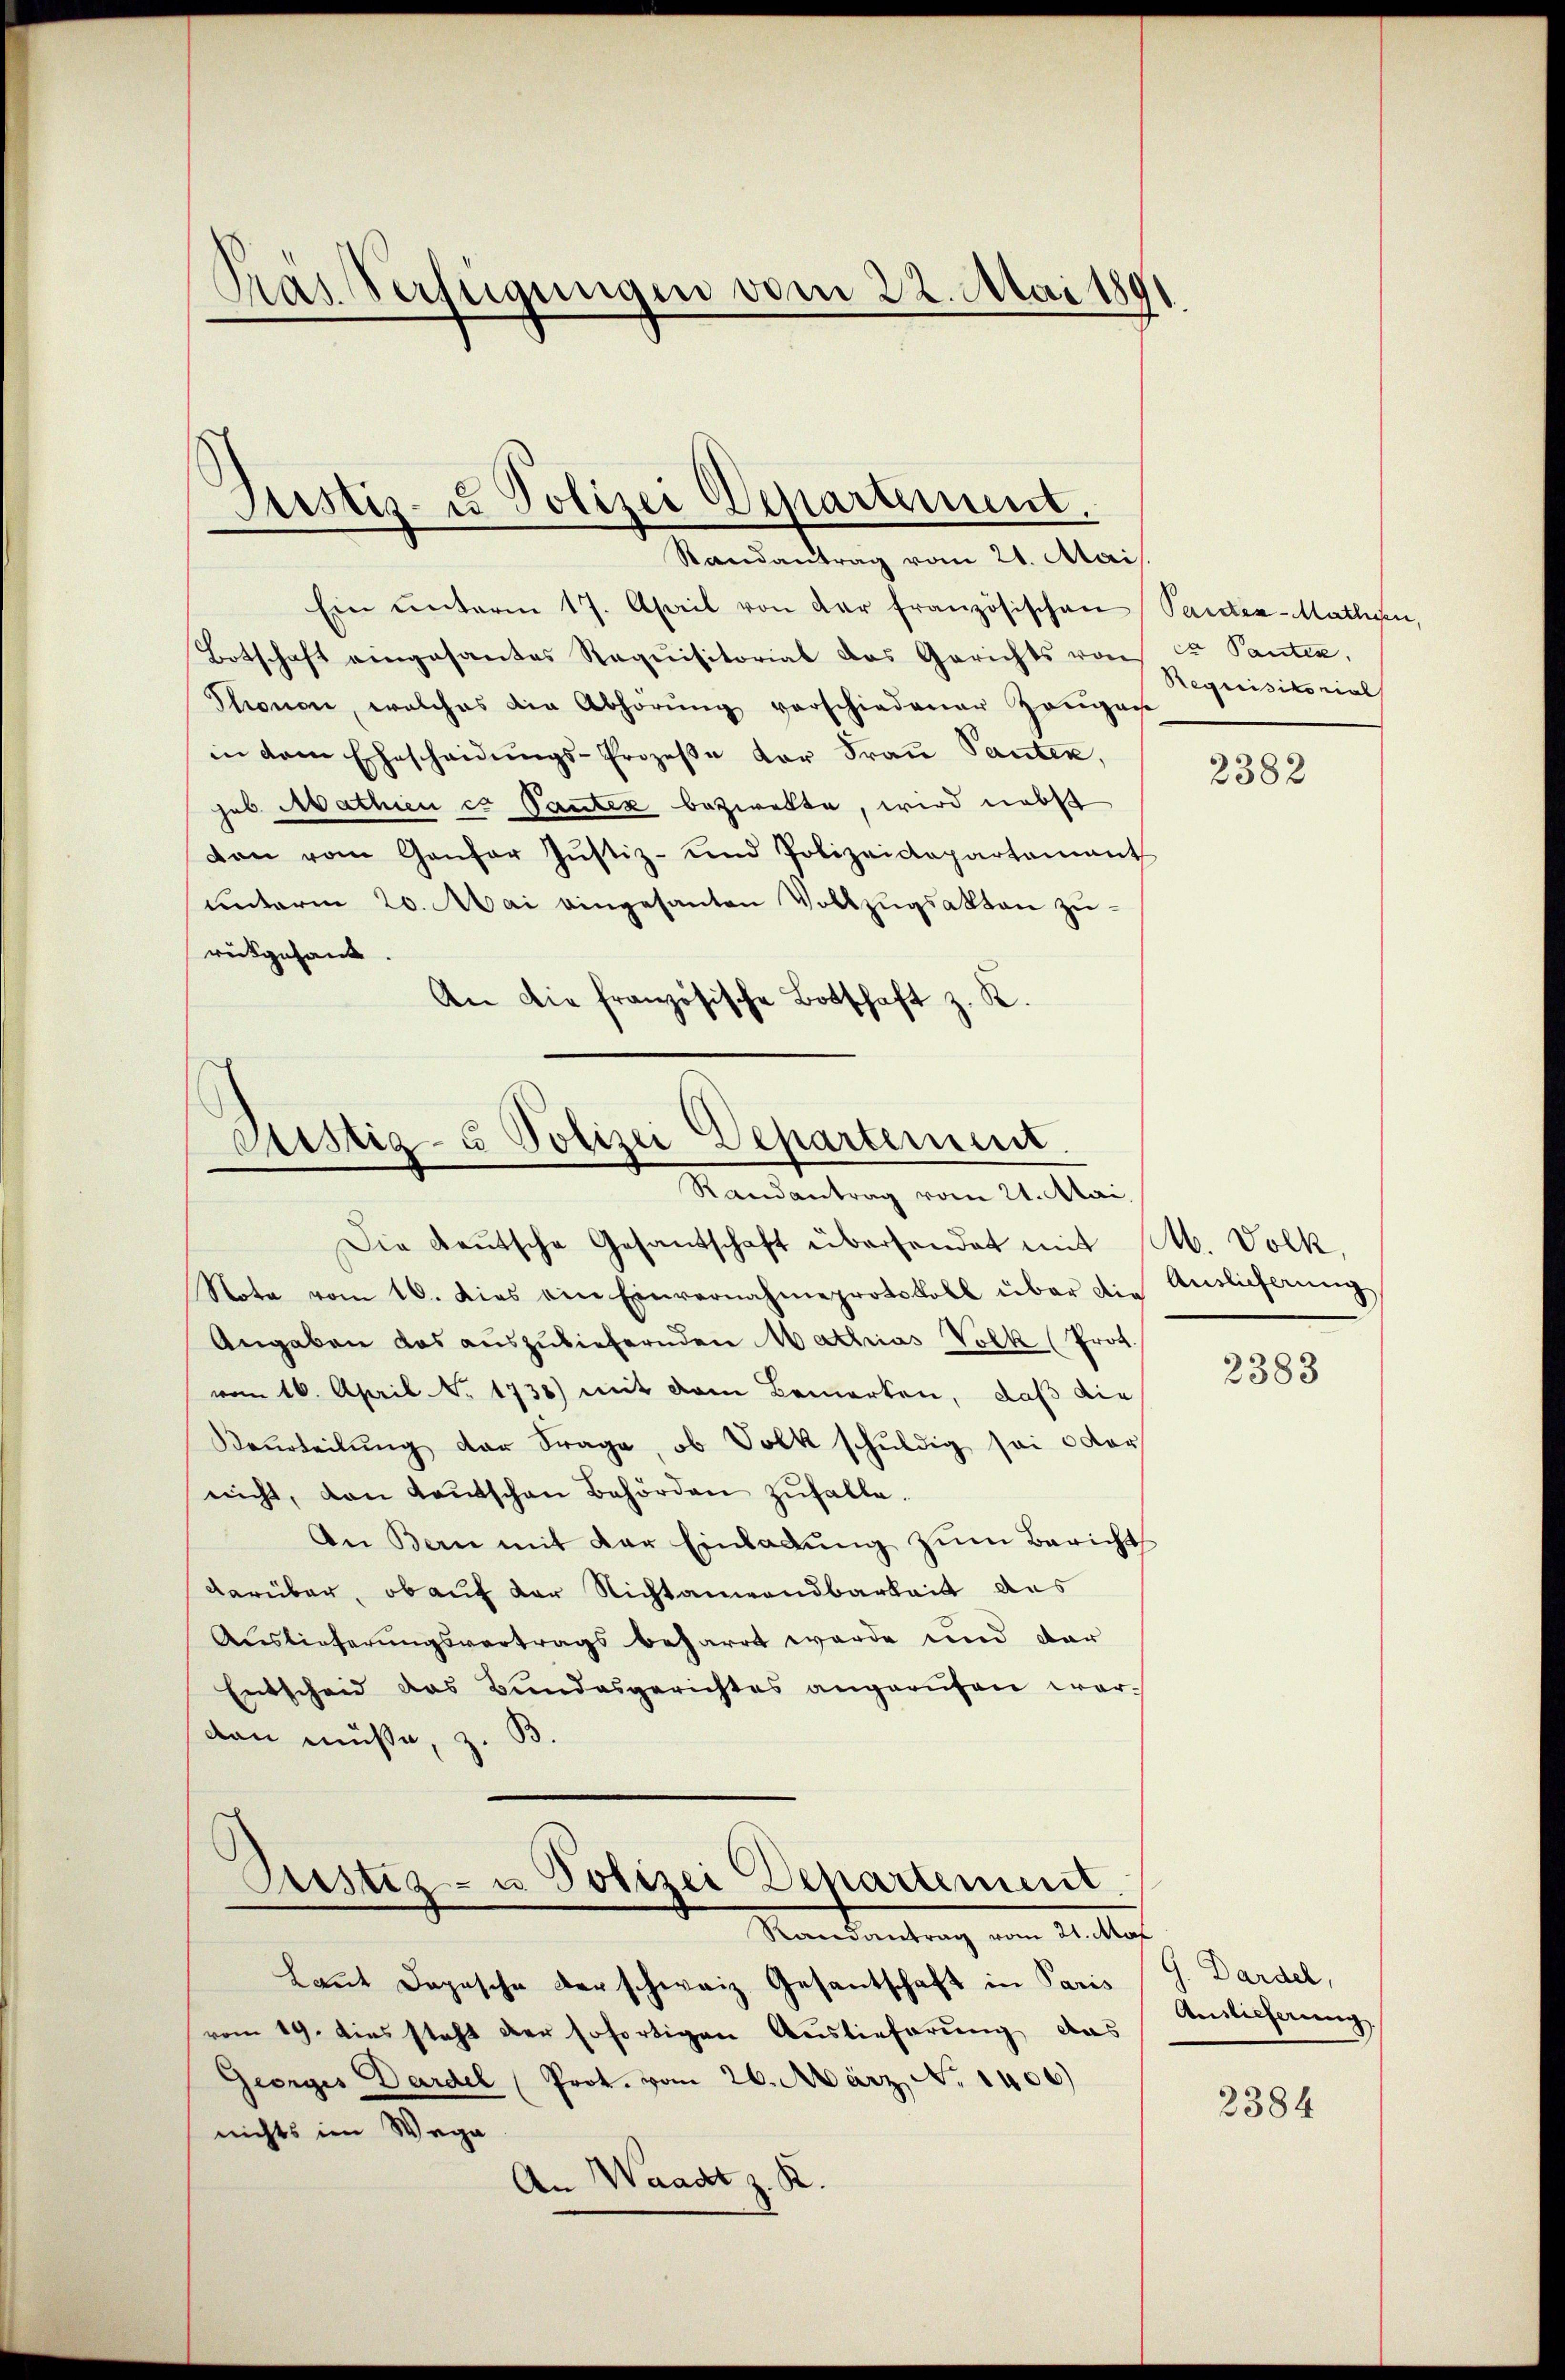
Pras Verfügungen vom 22. Mai 1891.

Justiz- u Polizei Departement.
Randantrag vom 21. Mai

Ein unterm 17. April von der französischen Tanten-Mathien,
Totschaft eingesantes Requisitorial das Gerichts von Fr Panten,
Thronon, welches die Abhörŭng verschiedener Zangan
in dem Ehescheidŭngs-Prozeβe der Frau Panten,
jub. Mathien es Pantez bezweite, wird nebst
don vom Gonfor Justiz- und Polizeidepartement
unterm 20. Mai eingesanten Vollzugsakten zu
rückgesand
An die französische Botschaft z. K.

Pustiz- & Polizei Departement.
Randantrag vom 21. Mai,

Die Kautsche Gesantschaft überhandet mit M. Volk,
Note vom 10. dies ein Einvernahmeprotokoll über die Auslieferŭng
Angaben das auszuliefernden Mathias Volk (Prot.
vom 16. April. No. 1738) mit dem Bemerken, daß die
Beurteilŭng der Frage, ob Volk schuldig sei oder
nicht, von Kaŭtschen Behörden zufalle.
An Bern mit der Einladŭng zŭm Bericht
darüber, ob auf der Nichtanwendbarkeit des
Auslieferungsvertrags beharrt werde und dar
Entscheid das Bundesgerichtes angerufen werdan müße, z. B.

Pustiz- u Polizei Departement
Randantrag vom 21. Mai

Laut Dopische der schweiz. Gesantschaft in Paris
vom 19. dies steht der sofortigen Auslieferung, das
Georges Dardel (Prot. vom 26. März, No 1406)
nichts im Wege
An Waadt z. R.

Requisitorial

2382

2383

G. Dardel,
Auslieferung

2384